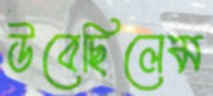
উবেছিলেম